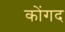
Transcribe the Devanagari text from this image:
कोंगद